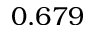
0 . 6 7 9